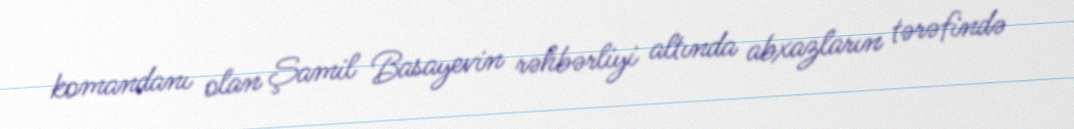
komandanı olan Şamil Basayevin rəhbərliyi altında abxazların tərəfində